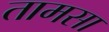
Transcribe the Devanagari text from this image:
तामसा